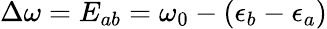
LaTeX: \Delta\omega=E_{ab}=\omega_{0}-(\epsilon_{b}-\epsilon_{a})